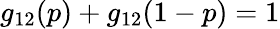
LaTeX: \begin{array}{r}{g_{12}(p)+g_{12}(1-p)=1}\end{array}